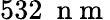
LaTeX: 532\ \mathrm{~n~m~}